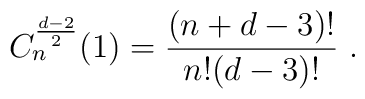
C_n^{\frac{d-2}2}(1)=\frac{(n+d-3)!}{n!(d-3)!} \ .